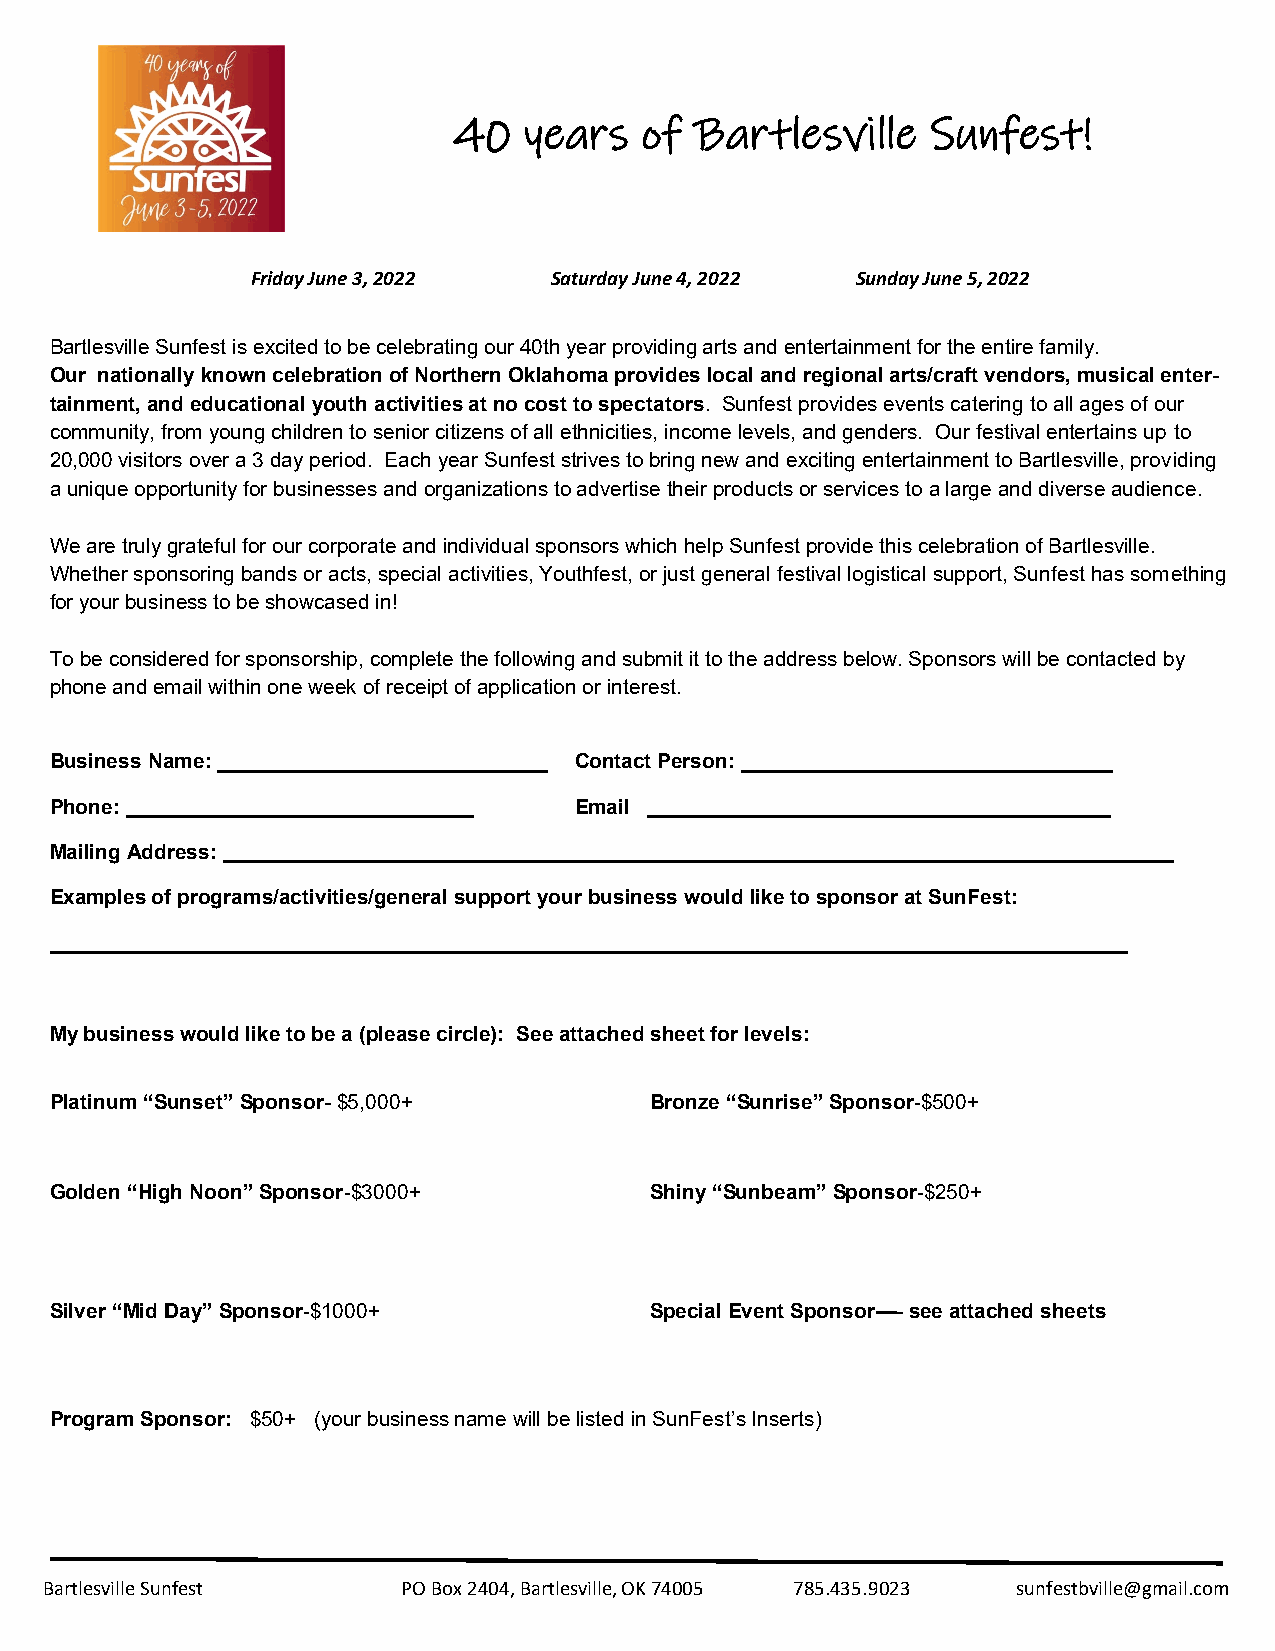
40   years  of  Bartlesville    Sunfest!
 Friday June 3, 2022 Saturday June 4, 2022 Sunday June 5, 2022
 Bartlesville Sunfest is excited to be celebrating our 40th year providing arts and entertainment for the entire family.
 Our nationally known celebration of Northern Oklahoma provides local and regional arts/craft vendors, musical enter-
 tainment, and educational youth activities at no cost to spectators. Sunfest provides events catering to all ages of our
 community, from young children to senior citizens of all ethnicities, income levels, and genders. Our festival entertains up to
 20,000 visitors over a 3 day period. Each year Sunfest strives to bring new and exciting entertainment to Bartlesville, providing
 a unique opportunity for businesses and organizations to advertise their products or services to a large and diverse audience.
 We are truly grateful for our corporate and individual sponsors which help Sunfest provide this celebration of Bartlesville.
 Whether sponsoring bands or acts, special activities, Youthfest, or just general festival logistical support, Sunfest has something
 for your business to be showcased in!
 To be considered for sponsorship, complete the following and submit it to the address below. Sponsors will be contacted by
 phone and email within one week of receipt of application or interest.
 Business Name: ____________________________ Contact Person: ________________________________
 Phone: ______________________________ Email ________________________________________
 Mailing Address: __________________________________________________________________________________
 Examples of programs/activities/general support your business would like to sponsor at SunFest:
 _____________________________________________________________________________________________
 My business would like to be a (please circle): See attached sheet for levels:
 Platinum “Sunset” Sponsor- $5,000+      Bronze “Sunrise” Sponsor-$500+
 Golden “High Noon” Sponsor-$3000+       Shiny “Sunbeam” Sponsor-$250+
 Silver “Mid Day” Sponsor-$1000+         Special Event Sponsor—- see attached sheets
 Program Sponsor: $50+ (your business name will be listed in SunFest’s Inserts)
 Bartlesville Sunfest    PO Box 2404, Bartlesville, OK 74005 785.435.9023 sunfestbville@gmail.com